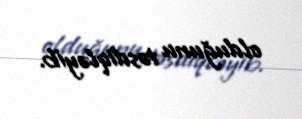
olduğunu təsdiqləyib.